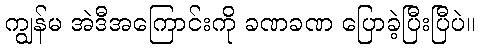
ကျွန်မ အဲဒီအကြောင်းကို ခဏခဏ ပြောခဲ့ပြီးပြီပဲ။